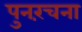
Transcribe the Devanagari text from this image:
पुनरंचना